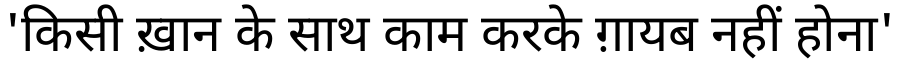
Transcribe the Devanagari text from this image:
'किसी ख़ान के साथ काम करके ग़ायब नहीं होना'